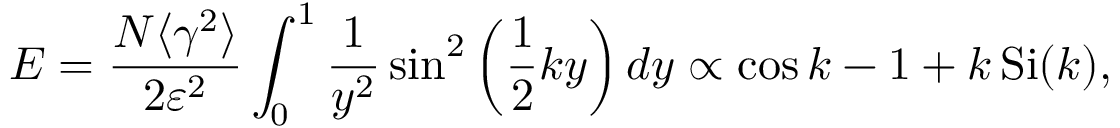
E = \frac { N \langle \gamma ^ { 2 } \rangle } { 2 \varepsilon ^ { 2 } } \int _ { 0 } ^ { 1 } \frac { 1 } { y ^ { 2 } } \sin ^ { 2 } \left( \frac { 1 } { 2 } k y \right) d y \propto \cos { k } - 1 + k \operatorname { S i } ( k ) ,